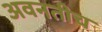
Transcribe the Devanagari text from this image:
अवनतीच